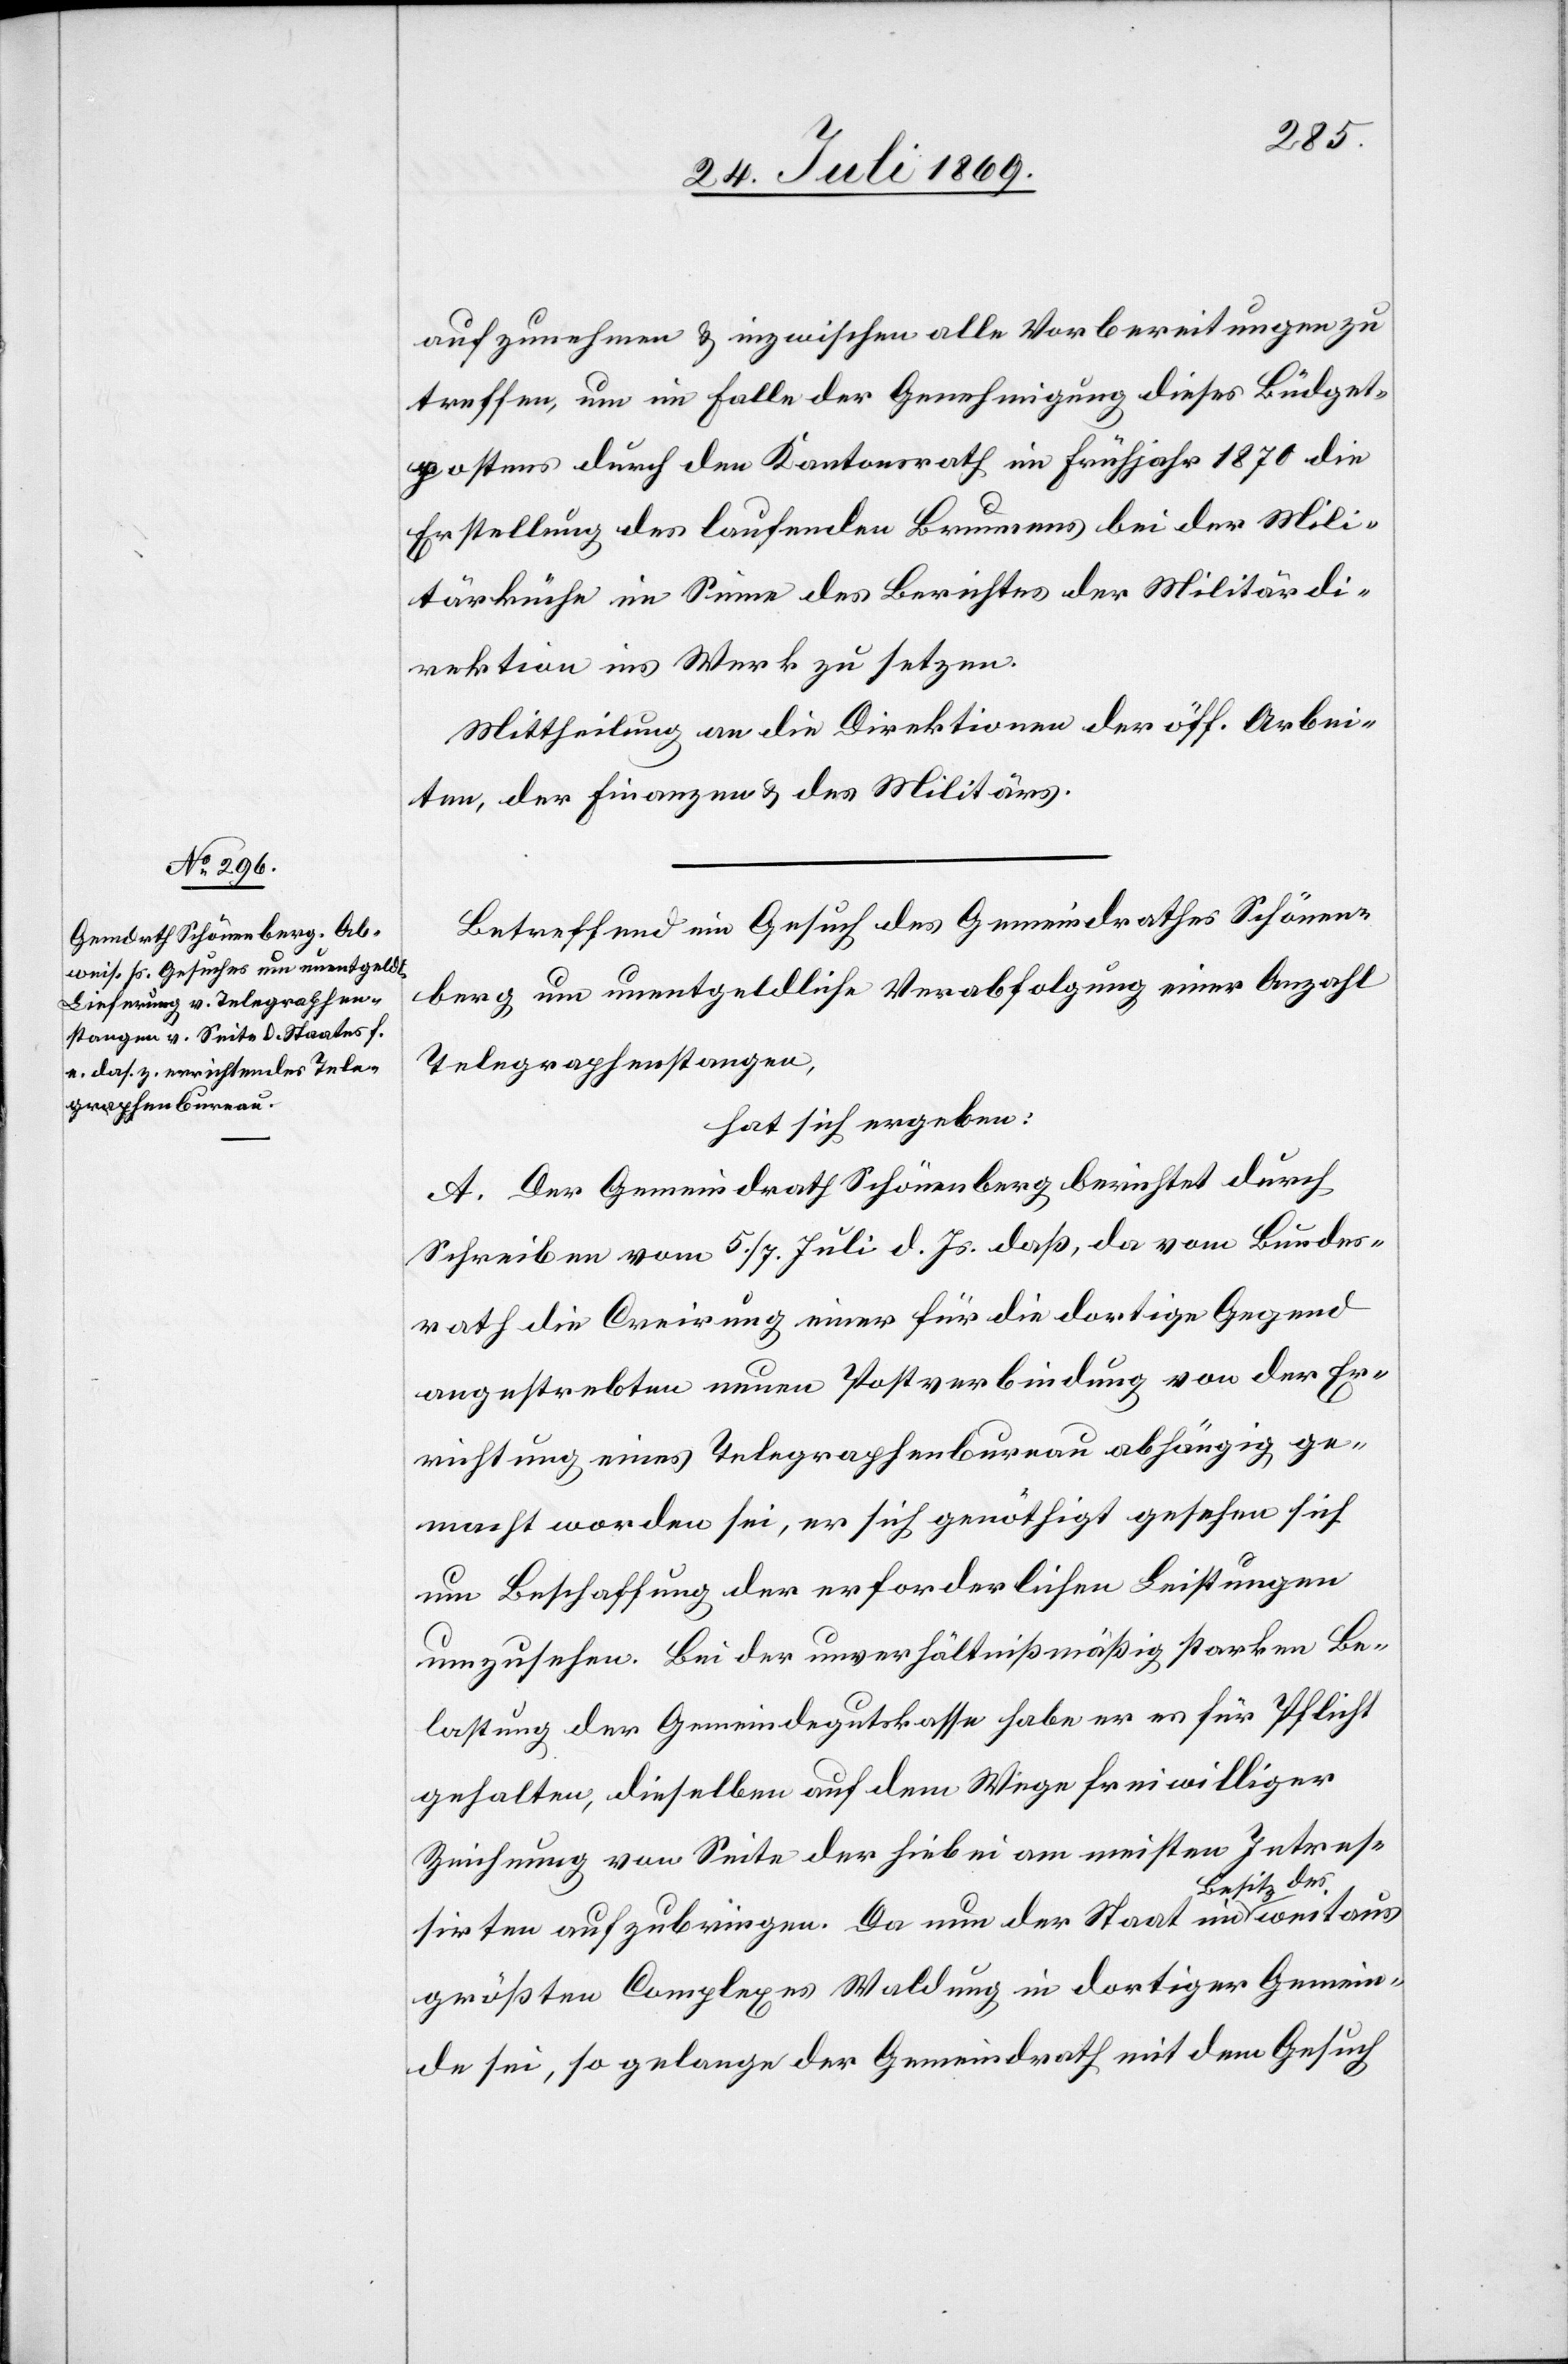
aufzunehmen u. inzwischen alle Vorbereitungen zu
treffen, um im Falle der Genehmigung dieses Büdget¬
postens durch den Kantonsrath im Frühjahr 1870 die
Erstellung des laufenden Brunnens bei der Mili¬
tärküche im Sinne des Berichtes der Militärdi¬
rektion ins Werk zu setzen.
Mittheilung an die Direktionen der öff. Arbei¬
ten, der Finanzen u. des Militärs.
Betreffend ein Gesuch des Gemeindrathes Schönen¬
berg um unentgeldliche Verabfolgung einer Anzahl
Telegraphenstangen,
hat sich ergeben:
A. Der Gemeindrath Schönenberg berichtet durch
Schreiben vom 5/7. Juli d. Js. daß, da vom Bundes¬
rath die Creirung einer für die dortige Gegend
angestrebten neuen Postverbindung von der Er¬
richtung eines Telegraphenbureau abhängig ge¬
macht worden sei, er sich genöthigt gesehen sich
um Beschaffung der erforderlichen Leistungen
umzusehen. Bei der unverhältnißmäßig starken Be¬
lastung der Gemeindsgutkasse habe er es für Pflicht
gehalten, dieselben auf dem Wege freiwilliger
Zeichnung von Seite der hiebei am meisten Interes¬
sirten aufzubringen. Da nun der Staat im Besitz des
größten Complexes Waldung in dortiger Gemein¬
de sei, so gelange der Gemeindrath mit dem Gesuch